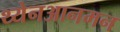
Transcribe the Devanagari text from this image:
थ्येनआनमन